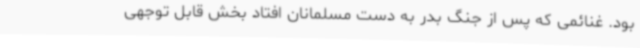
بود. غنائمی که پس از جنگ بدر به دست مسلمانان افتاد بخش قابل توجهی